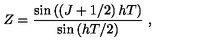
Z = { \frac { \sin \left( \left( J + 1 / 2 \right) h T \right) } { \sin \left( h T / 2 \right) } } \ ,